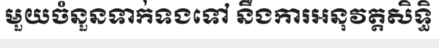
មួយចំនួនទាក់ទងទៅ នឹងការអនុវត្តសិទ្ធិ